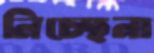
নিচ্ছেনা